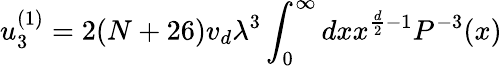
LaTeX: u_{3}^{(1)}=2(N+26)v_{d}\lambda^{3}\int_{0}^{\infty}{dx}x^{\frac{d}{2}-1}P^{-3}(x)